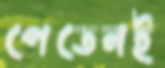
পেতেনই